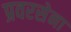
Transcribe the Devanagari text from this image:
प्रवरसेना